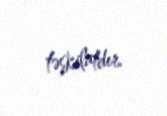
təşkilatdır.